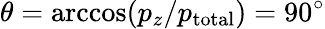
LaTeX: \theta=\operatorname{arccos}(p_{z}/p_{\mathrm{total}})=90^{\circ}